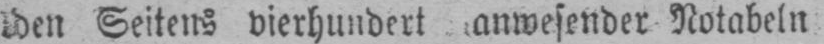
Seitens vierhundert anwesender Notabeln